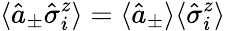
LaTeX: \langle\hat{a}_{\pm}\hat{\sigma}_{i}^{z}\rangle=\langle\hat{a}_{\pm}\rangle\langle\hat{\sigma}_{i}^{z}\rangle